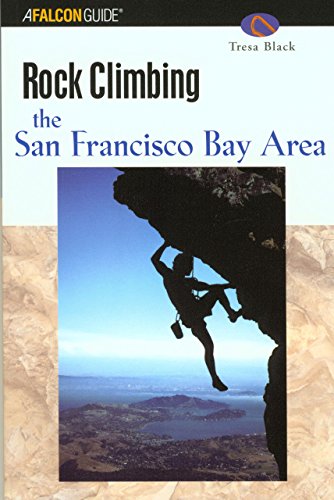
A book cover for Rock Climbing the San Francisco Bay Area (Regional Rock Climbing Series); Tresa Black; Sports & Outdoors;